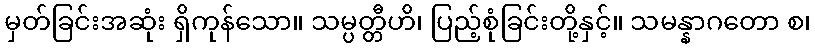
မှတ်ခြင်းအဆုံး ရှိကုန်သော။ သမ္ပတ္တီဟိ၊ ပြည့်စုံခြင်းတို့နှင့်။ သမန္နာဂတော စ၊